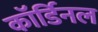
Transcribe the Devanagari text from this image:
कॉर्डिनल